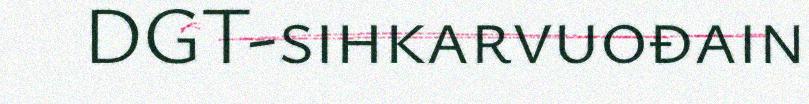
DGT-sihkarvuođain